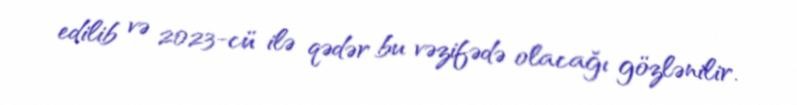
edilib və 2023-cü ilə qədər bu vəzifədə olacağı gözlənilir.